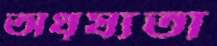
অধৃষ্যতা